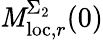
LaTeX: \mathit{M}_{\mathrm{{loc}},r}^{\Sigma_{2}}(0)